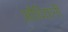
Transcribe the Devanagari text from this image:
औदियानी